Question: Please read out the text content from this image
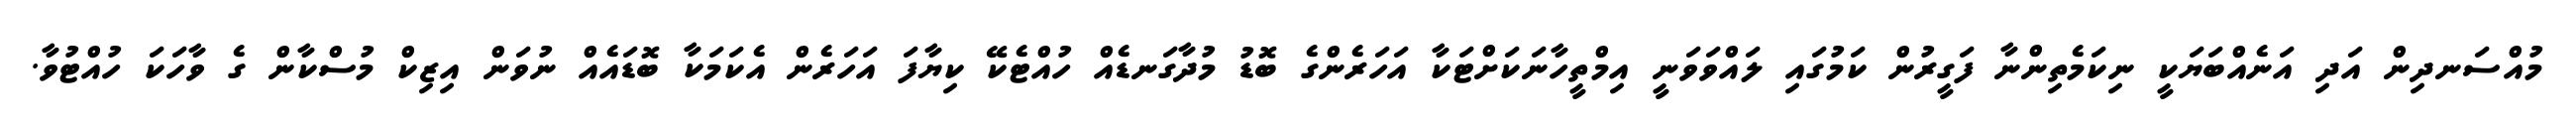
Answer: މުއްސަނދިން އަދި އަނެއްބަޔަކީ ނިކަމެތިންނާ ފަގީރުން ކަމުގައި ލައްވަވަނީ އިމްތީހާނަކަށްޓަކާ އަހަރެންގެ ބޮޑު މުދާގަނޑެއް ހުއްޓެކޭ ކިޔާފަ އަހަރެން އެކަމަކާ ބޮޑައެއް ނުވަން އިޒިކް މުސްކާން ގެ ވާހަކަ ހުއްޓުވާ.